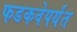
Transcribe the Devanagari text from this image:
फडकवेपर्यंत